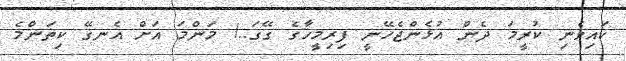
ކައިވެނި ކުރީމަ ދެން އުޅެންޖެހޭނީ ފިރިމީހާގެ ގޭގަ..! މަންމަ އަށް އެނގޭ ކިތަންމެ